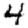
Digit: 4